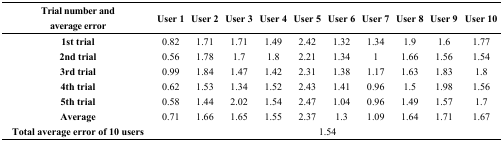
<table><thead><tr><td><b>Trial number andaverage error</b></td><td><b>User 1</b></td><td><b>User 2</b></td><td><b>User 3</b></td><td><b>User 4</b></td><td><b>User 5</b></td><td><b>User 6</b></td><td><b>User 7</b></td><td><b>User 8</b></td><td><b>User 9</b></td><td><b>User 10</b></td></tr></thead><tbody><tr><td><b>1st trial</b></td><td>0.82</td><td>1.71</td><td>1.71</td><td>1.49</td><td>2.42</td><td>1.32</td><td>1.34</td><td>1.9</td><td>1.6</td><td>1.77</td></tr><tr><td><b>2nd trial</b></td><td>0.56</td><td>1.78</td><td>1.7</td><td>1.8</td><td>2.21</td><td>1.34</td><td>1</td><td>1.66</td><td>1.56</td><td>1.54</td></tr><tr><td><b>3rd trial</b></td><td>0.99</td><td>1.84</td><td>1.47</td><td>1.42</td><td>2.31</td><td>1.38</td><td>1.17</td><td>1.63</td><td>1.83</td><td>1.8</td></tr><tr><td><b>4th trial</b></td><td>0.62</td><td>1.53</td><td>1.34</td><td>1.52</td><td>2.43</td><td>1.41</td><td>0.96</td><td>1.5</td><td>1.98</td><td>1.56</td></tr><tr><td><b>5th trial</b></td><td>0.58</td><td>1.44</td><td>2.02</td><td>1.54</td><td>2.47</td><td>1.04</td><td>0.96</td><td>1.49</td><td>1.57</td><td>1.7</td></tr><tr><td><b>Average</b></td><td>0.71</td><td>1.66</td><td>1.65</td><td>1.55</td><td>2.37</td><td>1.3</td><td>1.09</td><td>1.64</td><td>1.71</td><td>1.67</td></tr><tr><td><b>Total average error of 10 users</b></td><td colspan="10">1.54</td></tr></tbody></table>